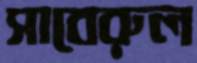
সাবেরুল